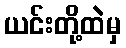
ယင်းတို့ထဲမှ